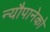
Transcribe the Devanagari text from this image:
न्यौपानेको